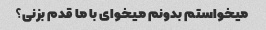
میخواستم بدونم میخوای با ما قدم بزنی؟